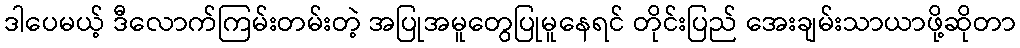
ဒါပေမယ့် ဒီလောက်ကြမ်းတမ်းတဲ့ အပြုအမူတွေပြုမူနေရင် တိုင်းပြည် အေးချမ်းသာယာဖို့ဆိုတာ